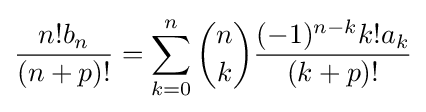
{\frac {n!b_{n}}{(n+p)!}}=\sum _{k=0}^{n}{\binom {n}{k}}{\frac {(-1)^{n-k}k!a_{k}}{(k+p)!}}